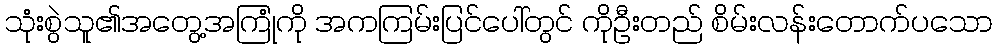
သုံးစွဲသူ၏အတွေ့အကြုံကို အကကြမ်းပြင်ပေါ်တွင် ကိုဦးတည် စိမ်းလန်းတောက်ပသော